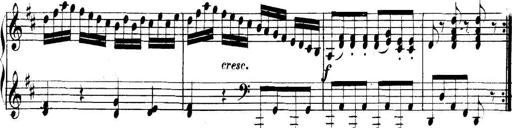
Title: Collected Piano Sonatas
Composer: Muzio Clementi